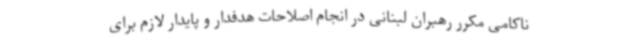
ناکامی مکرر رهبران لبنانی در انجام اصلاحات هدفدار و پایدار لازم برای